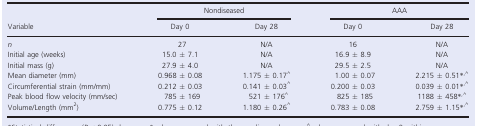
<table><thead><tr><td rowspan="2"><b>Variable</b></td><td colspan="2"><b>Nondiseased</b></td><td colspan="2"><b>AAA</b></td></tr><tr><td><b>Day 0</b></td><td><b>Day 28</b></td><td><b>Day 0</b></td><td><b>Day 28</b></td></tr></thead><tbody><tr><td><i>n</i></td><td>27</td><td>N/A</td><td>16</td><td>N/A</td></tr><tr><td>Initial age (weeks)</td><td>15.0 ± 7.1</td><td>N/A</td><td>16.9 ± 8.9</td><td>N/A</td></tr><tr><td>Initial mass (g)</td><td>27.9 ± 4.0</td><td>N/A</td><td>29.5 ± 2.5</td><td>N/A</td></tr><tr><td>Mean diameter (mm)</td><td>0.968 ± 0.08</td><td>1.175 ± 0.17^</td><td>1.00 ± 0.07</td><td>2.215 ± 0.51*<sup>,</sup>^</td></tr><tr><td>Circumferential strain (mm/mm)</td><td>0.212 ± 0.03</td><td>0.141 ± 0.03^</td><td>0.200 ± 0.03</td><td>0.039 ± 0.01*<sup>,</sup>^</td></tr><tr><td>Peak blood flow velocity (mm/sec)</td><td>785 ± 169</td><td>521 ± 176^</td><td>825 ± 185</td><td>1188 ± 458*<sup>,</sup>^</td></tr><tr><td>Volume/Length (mm<sup>2</sup>)</td><td>0.775 ± 0.12</td><td>1.180 ± 0.26^</td><td>0.783 ± 0.08</td><td>2.759 ± 1.15*<sup>,</sup>^</td></tr></tbody></table>